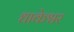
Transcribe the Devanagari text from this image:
धाकेश्वर